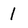
Character: I